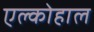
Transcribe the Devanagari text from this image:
एल्कोहाल